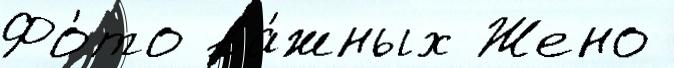
Фо́то ва́жных Жено